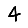
Digit: 4